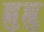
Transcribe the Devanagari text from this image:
ह्ळुह्ळु